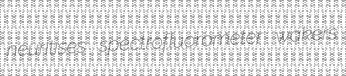
neuritises spectrofluorometer wakers